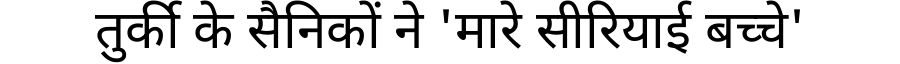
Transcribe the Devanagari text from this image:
तुर्की के सैनिकों ने 'मारे सीरियाई बच्चे'